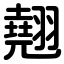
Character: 翹